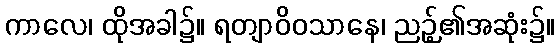
ကာလေ၊ ထိုအခါ၌။ ရတျာဝိဝသာနေ၊ ညဉ့်၏အဆုံး၌။